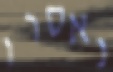
נאסרו